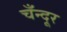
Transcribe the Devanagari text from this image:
चँन्दूर